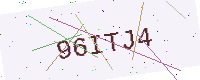
Text: 96ITJ4